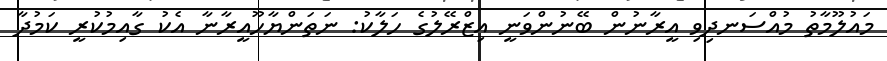
މައުލޫމާތު މުއްސަނދިވި އީރާނުން ބޭނުންވަނީ އިޒްރޭލުގެ ހަލާކު: ނަތަންޔާހޫއީރާނާ އެކު ގާއިމުކުރީ ކަމުދާ